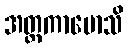
အတ္ထကာမောသိ